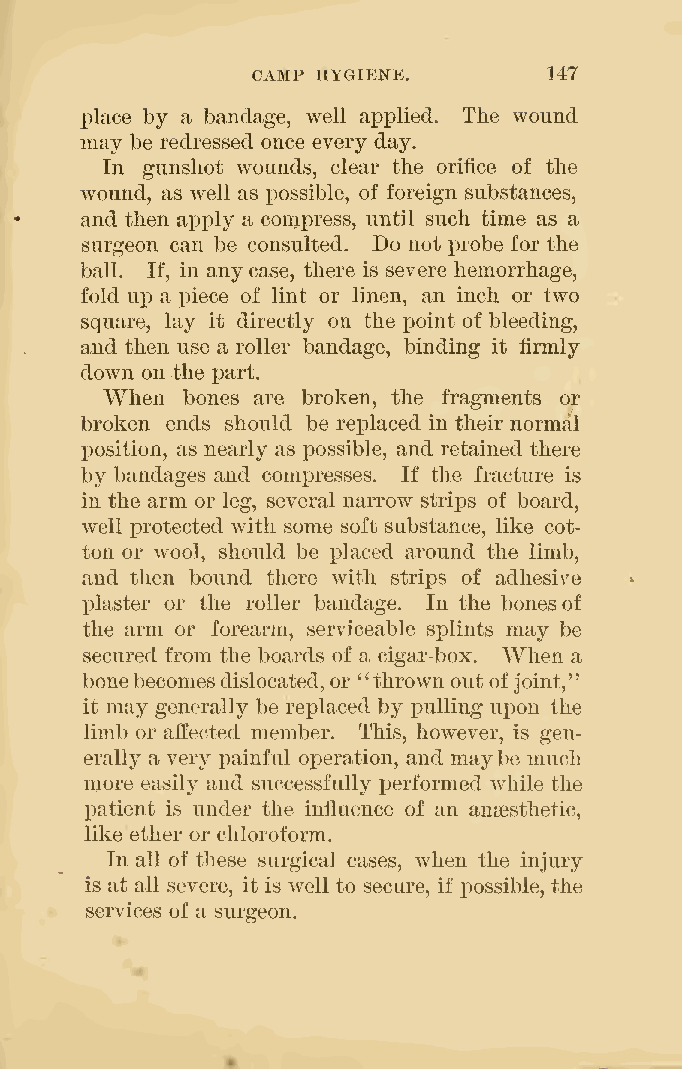
CAMP HYGIENE.      147
 place by a bandage, well applied. The wound
 may be redressed once every day.
 In gunshot wounds, clear the orifice of the
 wound, as well as i^ossible, of foreign substances,
 and then apply a compress, until such time as a
 surgeon can be consulted. Do not probe for the
 ball. If, in anycase, there is severe hemorrhage,
 fold up a piece of lint or linen, an inch or two
 square, lay it directly on the point of bleeding,
 and then use a roller bandage, binding it firmly
 down on the part.
 When bones are broken, the fragments or
 broken ends should be replaced in their normal
 j)osition, as nearly as possible, and retained there
 by bandages and compresses. If the fracture is
 in the arm or leg, several narrow strips of board,
 well protected Avith some soft substance, like cot-
 ton or wool, should be placed around the limb,
 and then bound there with strips of adhesive
 plaster or the roller bandage. In the bonesof
 the arm or forearm, serviceable splints may be
 secured from the boards of a cigar-box. When a
 bonebecomesdislocated, or "thrown out ofjoint,"
 it may generally be replaced by x^ulling ux)on the
 limb or affected member. This, however, is gen-
 erally a very painful operation, and maybe much
 more easily and successfully performed while the
 X)atient is under the influence of an anaesthetic,
 like ether or chloroform.
 In all of these surgical cases, when the injury
 is at all severe, it is well to secure, if possible, the
 services of a surgeon.